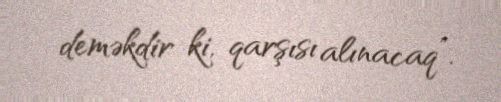
deməkdir ki, qarşısı alınacaq”.